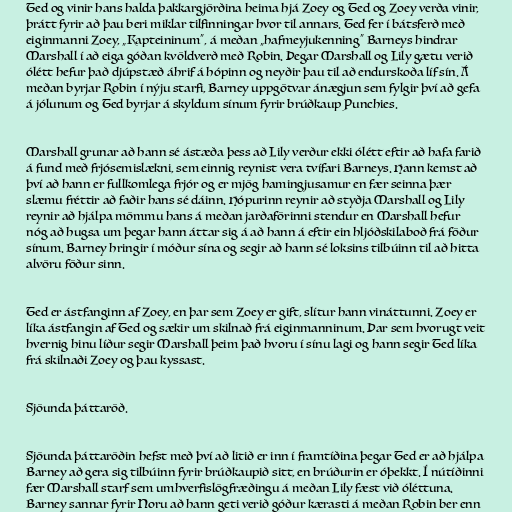
Ted og vinir hans halda þakkargjörðina heima hjá Zoey og Ted og Zoey verða vinir,
þrátt fyrir að þau beri miklar tilfinningar hvor til annars. Ted fer í bátsferð með
eiginmanni Zoey, „Kapteininum“, á meðan „hafmeyjukenning“ Barneys hindrar
Marshall í að eiga góðan kvöldverð með Robin. Þegar Marshall og Lily gætu verið
ólétt hefur það djúpstæð áhrif á hópinn og neyðir þau til að endurskoða líf sín. Á
meðan byrjar Robin í nýju starfi, Barney uppgötvar ánægjun sem fylgir því að gefa
á jólunum og Ted byrjar á skyldum sínum fyrir brúðkaup Punchies.

Marshall grunar að hann sé ástæða þess að Lily verður ekki ólétt eftir að hafa farið
á fund með frjósemislækni, sem einnig reynist vera tvífari Barneys. Hann kemst að
því að hann er fullkomlega frjór og er mjög hamingjusamur en fær seinna þær
slæmu fréttir að faðir hans sé dáinn. Hópurinn reynir að styðja Marshall og Lily
reynir að hjálpa mömmu hans á meðan jarðaförinni stendur en Marshall hefur
nóg að hugsa um þegar hann áttar sig á að hann á eftir ein hljóðskilaboð frá föður
sínum. Barney hringir í móður sína og segir að hann sé loksins tilbúinn til að hitta
alvöru föður sinn.

Ted er ástfanginn af Zoey, en þar sem Zoey er gift, slítur hann vináttunni. Zoey er
líka ástfangin af Ted og sækir um skilnað frá eiginmanninum. Þar sem hvorugt veit
hvernig hinu líður segir Marshall þeim það hvoru í sínu lagi og hann segir Ted líka
frá skilnaði Zoey og þau kyssast.

Sjöunda þáttaröð.

Sjöunda þáttaröðin hefst með því að litið er inn í framtíðina þegar Ted er að hjálpa
Barney að gera sig tilbúinn fyrir brúðkaupið sitt, en brúðurin er óþekkt. Í nútíðinni
fær Marshall starf sem umhverfislögfræðingu á meðan Lily fæst við óléttuna.
Barney sannar fyrir Noru að hann geti verið góður kærasti á meðan Robin ber enn